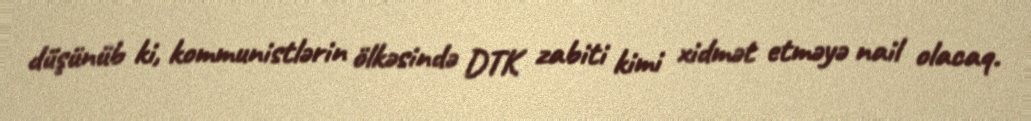
düşünüb ki, kommunistlərin ölkəsində DTK zabiti kimi xidmət etməyə nail olacaq.